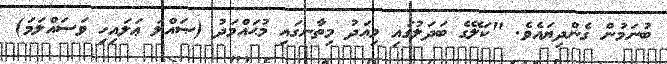
ބުނަމުން ގެންދިޔައެވެ. "ކަލޭގެ ބަދަލުގައި މިއަދު މިތާނގައި މުޙައްމަދު (ޞައްލަ ޢަލައިހި ވަސައްލަމަ)